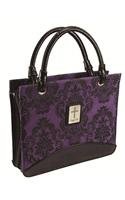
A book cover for Purse Fabric Large Purple Bible Cover; Christian Books & Bibles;